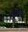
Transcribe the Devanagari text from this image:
कुदृष्टिः